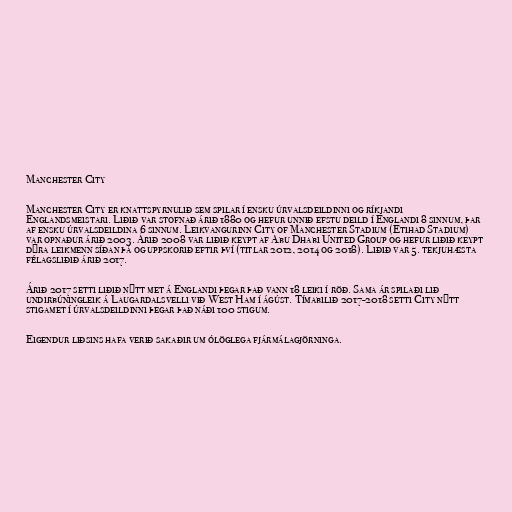
Manchester City

Manchester City er knattspyrnulið sem spilar í ensku úrvalsdeildinni og ríkjandi
Englandsmeistari. Liðið var stofnað árið 1880 og hefur unnið efstu deild í Englandi 8 sinnum, þar
af ensku úrvalsdeildina 6 sinnum. Leikvangurinn City of Manchester Stadium (Etihad Stadium)
var opnaður árið 2003. Árið 2008 var liðið keypt af Abu Dhabi United Group og hefur liðið keypt
dýra leikmenn síðan þá og uppskorið eftir því (titlar 2012, 2014 og 2018). Liðið var 5. tekjuhæsta
félagsliðið árið 2017.

Árið 2017 setti liðið nýtt met á Englandi þegar það vann 18 leiki í röð. Sama ár spilaði lið
undirbúningleik á Laugardalsvelli við West Ham í ágúst. Tímabilið 2017-2018 setti City nýtt
stigamet í úrvalsdeildinni þegar það náði 100 stigum.

Eigendur liðsins hafa verið sakaðir um ólöglega fjármálagjörninga.